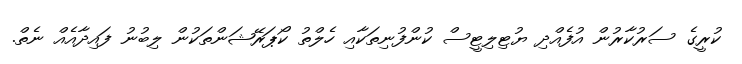
ކުރީގެ ސަރުކާރުން އުފެއްދި ޔުޓިލިޓީސް ކުންފުނިތަކާއި ހެލްތު ކޯޕަރޭޝަންތަކުން ލިބުނު ފައިދާއެއް ނެތް.